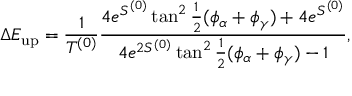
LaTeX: \Delta E _ { \mathrm { u p } } = \frac { 1 } { T ^ { ( 0 ) } } \frac { 4 e ^ { S ^ { ( 0 ) } } \tan ^ { 2 } \frac { 1 } { 2 } ( \phi _ { \alpha } + \phi _ { \gamma } ) + 4 e ^ { S ^ { ( 0 ) } } } { 4 e ^ { 2 S ^ { ( 0 ) } } \tan ^ { 2 } \frac { 1 } { 2 } ( \phi _ { \alpha } + \phi _ { \gamma } ) - 1 } ,